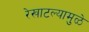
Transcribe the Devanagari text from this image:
रेखाटल्यामुळे